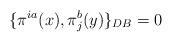
LaTeX: \begin{align*}\{\pi^{ia}(x), \pi_j^b(y)\}_{DB} = 0\end{align*}